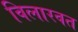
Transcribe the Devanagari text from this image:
विलारवत